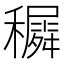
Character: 𥣡